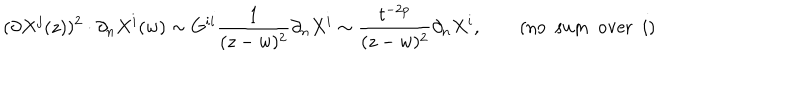
( \partial X ^ { j } ( z ) ) ^ { 2 } \cdot \partial _ { n } X ^ { i } ( w ) \sim G ^ { i i } \frac { 1 } { ( z - w ) ^ { 2 } } \partial _ { n } X ^ { i } \sim \frac { t ^ { - 2 p } } { ( z - w ) ^ { 2 } } \partial _ { n } X ^ { i } , \qquad ( \mathrm { n o } ~ ~ \mathrm { s u m } ~ ~ \mathrm { o v e r } ~ ~ i )